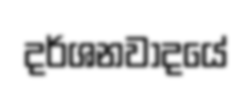
දර්ශනවාදයේ